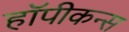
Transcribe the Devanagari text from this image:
हॉपीकन्स